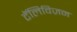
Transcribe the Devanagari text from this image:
टॅलिविज़न